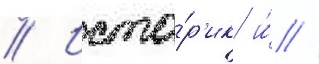
// Исто́р'ик и́ //